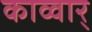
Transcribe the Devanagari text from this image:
काव्वार्